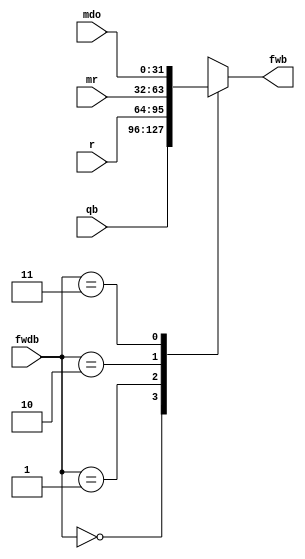
`timescale 1ns / 1ps
module fwregb(input [31:0] qb, input [31:0] r, input [31:0] mr, input [31:0] mdo, input [1:0] fwdb, output reg [31:0] fwb);
    always @(*) begin
        case (fwdb)
            2'b00: begin
                fwb = qb;
            end
            2'b01: begin
                fwb = r;
            end
            2'b10: begin
                fwb = mr;
            end
            2'b11: begin
                fwb = mdo;
            end
        endcase
    end
endmodule